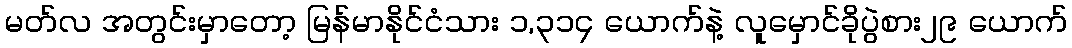
မတ်လ အတွင်းမှာတော့ မြန်မာနိုင်ငံသား ၁,၃၁၄ ယောက်နဲ့ လူမှောင်ခိုပွဲစား၂၉ ယောက်